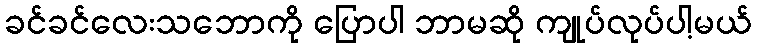
ခင်ခင်လေးသဘောကို ပြောပါ ဘာမဆို ကျုပ်လုပ်ပါ့မယ်